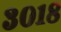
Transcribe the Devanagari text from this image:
३०१८